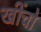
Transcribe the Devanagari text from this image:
खींचो